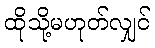
ထိုသို့မဟုတ်လျှင်